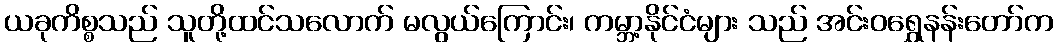
ယခုကိစ္စသည် သူတို့ထင်သလောက် မလွယ်ကြောင်း၊ ကမ္ဘာ့နိုင်ငံများ သည် အင်းဝရွှေနန်းတော်က